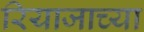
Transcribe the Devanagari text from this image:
रियाजाच्या